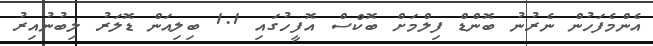
އެންމެފަހުން ނެރުނު ބޮންޑް ފިލްމަށް ބޮކްސް އޮފީހުގައި 1.1 ބިލިއަން ޑޮލަރު ލިބުނުއިރު